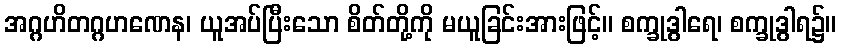
အဂ္ဂဟိတဂ္ဂဟဏေန၊ ယူအပ်ပြီးသော စိတ်တို့ကို မယူခြင်းအားဖြင့်။ စက္ခုဒွါရေ၊ စက္ခုဒွါရ၌။